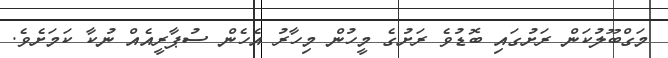
މަގްބޫލުކަން ރަށުގައި ބޮޑުވެ ރަށުގެ މީހުން މިހާރު އެހެން ސުޕާރީއެއް ނުކާ ކަމަށެވެ.